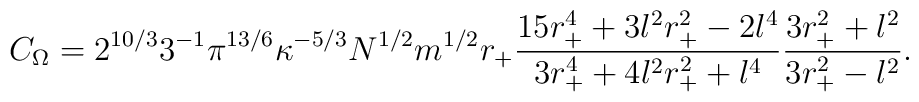
C_{\Omega}=2^{10/3} 3^{-1}\pi ^{13/6}\kappa^{-5/3} N^{1/2}m^{1/2}r_+     \frac{15r_+^4 +3l^2r_+^2 -2l^4}{3r_+^4 +4l^2r_+^2 +l^4}      \frac{3r_+^2 +l^2}{3r_+^2-l^2}.